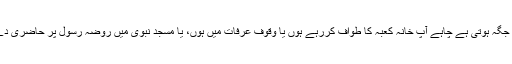
یہ کیفیت ہر جگہ ہوتی ہے چاہے آپ خانہ کعبہ کا طواف کررہے ہوں یا وقوف عرفات میں ہوں، یا مسجد نبوی میں روضہ رسول پر حاضری دے رہے ہوں۔